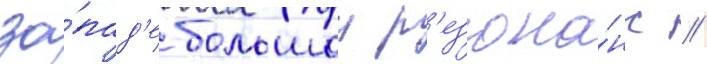
за́пад'е большои р'езона́нс //